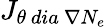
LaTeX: {J}_{\theta\ dia\ \nabla N_{e}}